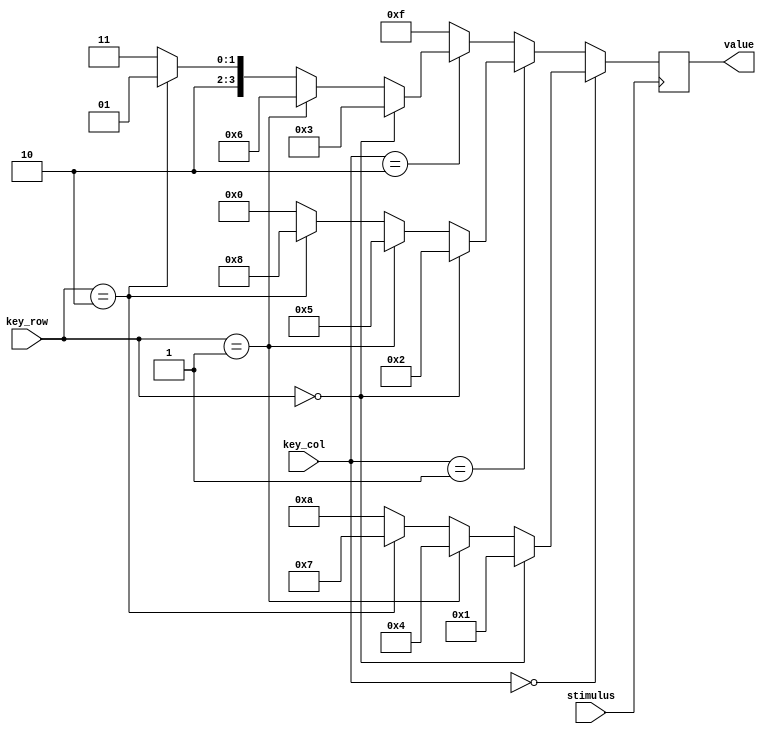
module keypad_scanner(value, key_row, key_col, stimulus);

input stimulus;

input [1:0]key_row;
input [1:0]key_col;

output [3:0]value;
reg [3:0]value;
/*
0-0000
1-0001
2-0010
3-0011
4-0100
5-0101
6-0110
7-0111
8-1000
9-1001
*-1010
#-1011
err-(1100,1101,1110,*1111*)

*/

// keypad scanner perfoms a basic mapping of [row,col] to
// determine the mapped value.

// col 1 [1, 4, 7, *]
always@ (posedge stimulus)
if (key_col == 2'b00)
begin
	// row 0
	if (key_row == 2'b00)
	begin
		// [1]
		value <= 4'b0001;
	end
	// row 1
	else if (key_row == 2'b01)
	begin
		// [4]
		value <= 4'b0100;
	end
	// row 2
	else if (key_row == 2'b10)
	begin
		// [7]
		value <= 4'b0111;
	end
	else
	// row 3
	begin
		// [*]
		value <= 4'b1010;
	end
end
// col 2 [2, 5, 8, 0]
else if (key_col == 2'b01)
begin
	// row 0
	if (key_row == 2'b00)
	begin
		// [2]
		value <= 4'b0010;
	end
	// row 1
	else if (key_row == 2'b01)
	begin
		// [5]
		value <= 4'b0101;
	end
	// row 2
	else if (key_row == 2'b10)
	begin
		// [8]
		value <= 4'b1000;
	end
	// row 3
	else
	begin
		// [0]
		value <= 4'b0000;
	end
end
// col 3 [3, 6, 9, #]
else if (key_col == 2'b10)
begin
	// row 0
	if (key_row == 2'b00)
	begin
		// [3]
		value <= 4'b0011;
	end
	// row 1
	else if (key_row == 2'b01)
	begin
		// [6]
		value = 4'b0110;
	end
	// row 2
	else if (key_row == 2'b10)
	begin
		// [9]
		value <= 4'b1001;
	end
	// row 3
	else
	begin
		// [#]
		value <= 4'b1011;
	end
end
// error
else
begin
	value <= 4'b1111;
end

endmodule